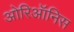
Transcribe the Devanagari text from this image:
ओरिऑनिस